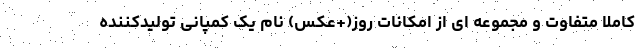
کاملا متفاوت و مجموعه ای از امکانات روز(+عکس) نام یک کمپانی تولیدکننده